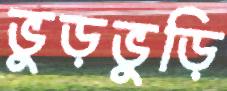
ভুড়ভুড়ি